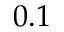
0 . 1